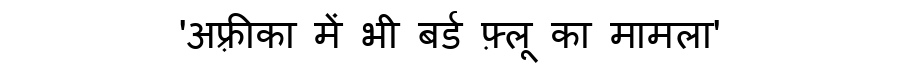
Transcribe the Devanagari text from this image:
'अफ़्रीका में भी बर्ड फ़्लू का मामला'